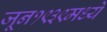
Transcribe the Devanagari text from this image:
जून१९३९मध्ये